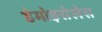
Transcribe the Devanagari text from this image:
डेमोइसेलेस